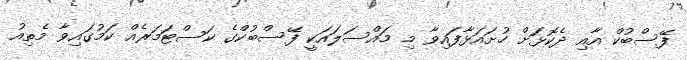
ފޭސްބުކް އާއި ދެކޮޅަށް ހުށައަޅާފައިވާ މި މައްސަލައަކީ ފޭސްބުކްގެ ކަސްޓަމަރެއް ކަމުގައިވާ މެތިއު